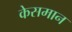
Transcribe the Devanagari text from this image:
केसमान